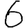
Digit: 6